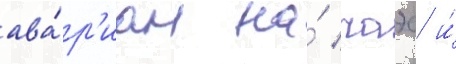
ава́р'иам на́ чаэс и́